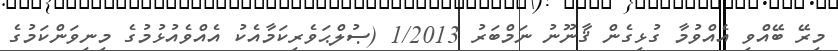
މިރޭ ބޭއްވި އެއްވުމާ ގުޅިގެން ޤާނޫނު ނަމްބަރު 1/2013 (ޞުލްޙަވެރިކަމާއެކު އެއްވެއުޅުމުގެ މިނިވަންކަމުގެ